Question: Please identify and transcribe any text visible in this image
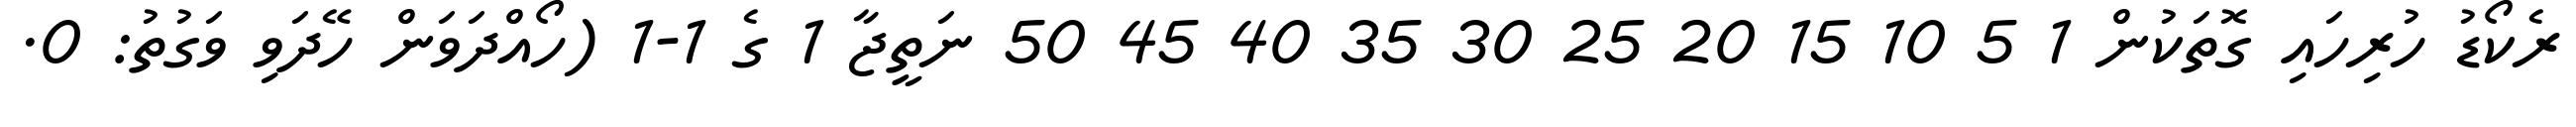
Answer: ރެކޯޑު ހުރިހައި ގޮތަކުން 1 5 10 15 20 25 30 35 40 45 50 ނަތީޖާ 1 ގެ 1-1 (ހޯއްދަވަން ހޭދަވި ވަގުތު: 0.